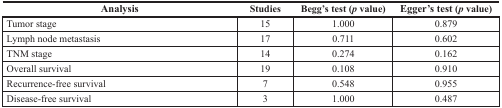
| Analysis | Studies | Begg's test (p value) | Egger's test (p value) |
 | --- | --- | --- | --- |
 | Tumor stage | 15 | 1.000 | 0.879 |
 | Lymph node metastasis | 17 | 0.711 | 0.602 |
 | TNM stage | 14 | 0.274 | 0.162 |
 | Overall survival | 19 | 0.108 | 0.910 |
 | Recurrence-free survival | 7 | 0.548 | 0.955 |
 | Disease-free survival | 3 | 1.000 | 0.487 |